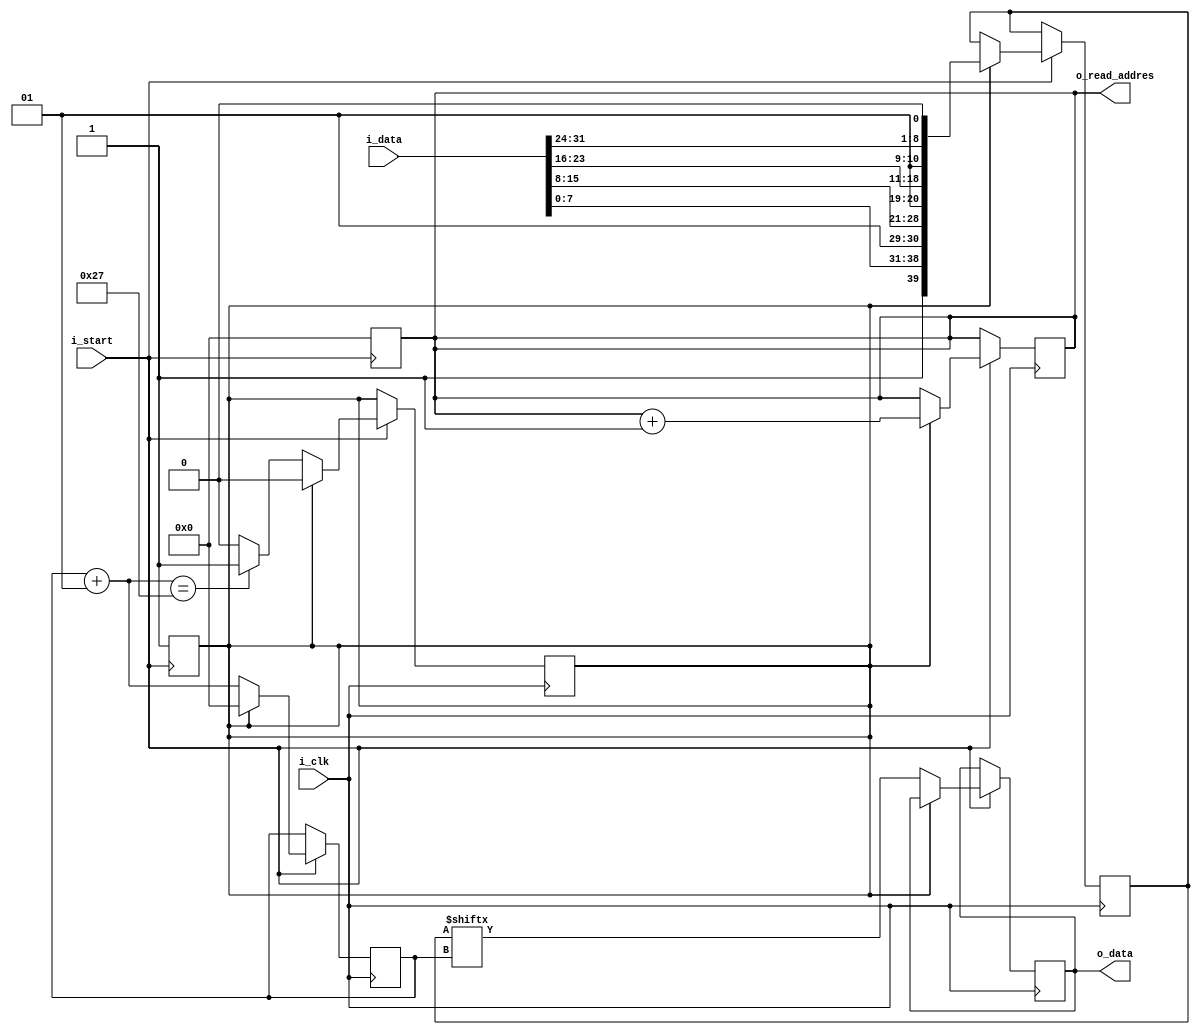
module uart_sender(
    i_clk,  //  4800 1/s
    i_start,
    i_data, 
    o_read_addres,
    o_data
);
    input i_clk;
    input i_start;
    input [31:0] i_data;

    output reg o_data;
    output reg [31:0] o_read_addres;

    reg data_is_sent; // 1 - if double word is sent 
    reg [39:0] uart_message;

    integer i;

    always @(posedge i_start) begin
        o_read_addres = 0;
        data_is_sent = 1;
    end

    always @(posedge i_clk) begin
        if(i_start) begin
            if(data_is_sent) begin
                uart_message = { 1'b1, i_data[7:0], 1'b0, 1'b1, i_data[15:8], 1'b0, 1'b1, i_data[23:16], 1'b0, 1'b1, i_data[31:24], 1'b0 };
                o_read_addres = o_read_addres + 1; 
                data_is_sent = 0;
                i = 0;
            end else begin
                o_data = uart_message[i];
                i = i + 1;
                if (i==39) data_is_sent = 1;
            end
        end
    end

endmodule